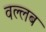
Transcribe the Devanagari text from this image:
वल्लब